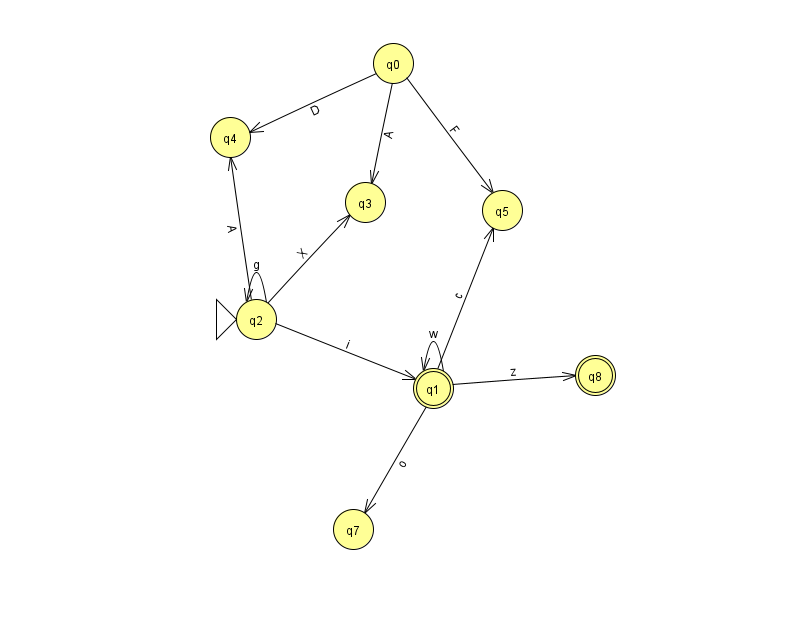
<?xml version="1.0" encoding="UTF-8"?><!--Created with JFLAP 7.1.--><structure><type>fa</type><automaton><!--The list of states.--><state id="0" name="q0"><x>393.0</x><y>50.0</y></state><state id="1" name="q1"><x>433.0</x><y>375.0</y><final/></state><state id="2" name="q2"><x>256.0</x><y>306.0</y><initial/></state><state id="3" name="q3"><x>365.0</x><y>189.0</y></state><state id="4" name="q4"><x>230.0</x><y>124.0</y></state><state id="5" name="q5"><x>502.0</x><y>197.0</y></state><state id="7" name="q7"><x>353.0</x><y>516.0</y></state><state id="8" name="q8"><x>595.0</x><y>362.0</y><final/></state><!--The list of transitions.--><transition><from>0</from><to>5</to><read>F</read></transition><transition><from>1</from><to>5</to><read>c</read></transition><transition><from>2</from><to>3</to><read>X</read></transition><transition><from>1</from><to>1</to><read>w</read></transition><transition><from>1</from><to>8</to><read>z</read></transition><transition><from>2</from><to>2</to><read>g</read></transition><transition><from>2</from><to>4</to><read>A</read></transition><transition><from>0</from><to>3</to><read>A</read></transition><transition><from>2</from><to>1</to><read>i</read></transition><transition><from>0</from><to>4</to><read>D</read></transition><transition><from>1</from><to>7</to><read>o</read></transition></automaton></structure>